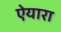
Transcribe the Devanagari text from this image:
ऐयारा